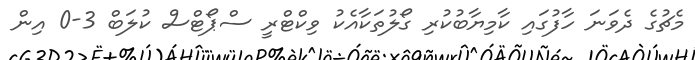
މެޗުގެ ދެވަނަ ހާފުގައި ކާމިޔާބުކުރި ގޯލުތަކާއެކު ވިކްޓްރީ ސްޕޯޓްސް ކުލަބް 3-0 އިން